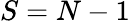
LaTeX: S=N-1